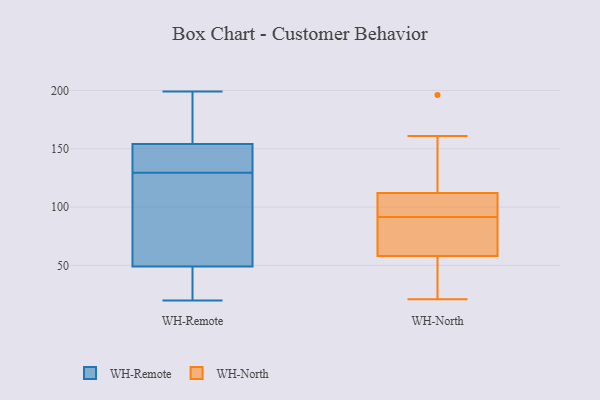
{"axis": {"x": "Inventory Turnover", "y": "Value"}, "legend": ["WH-North", "WH-Remote"], "data": [{"x": "", "y": 148, "type": "WH-Remote"}, {"x": "", "y": 145, "type": "WH-Remote"}, {"x": "", "y": 184, "type": "WH-Remote"}, {"x": "", "y": 73, "type": "WH-Remote"}, {"x": "", "y": 30, "type": "WH-Remote"}, {"x": "", "y": 138, "type": "WH-Remote"}, {"x": "", "y": 199, "type": "WH-Remote"}, {"x": "", "y": 164, "type": "WH-Remote"}, {"x": "", "y": 121, "type": "WH-Remote"}, {"x": "", "y": 181, "type": "WH-Remote"}, {"x": "", "y": 49, "type": "WH-Remote"}, {"x": "", "y": 49, "type": "WH-Remote"}, {"x": "", "y": 154, "type": "WH-Remote"}, {"x": "", "y": 27, "type": "WH-Remote"}, {"x": "", "y": 146, "type": "WH-Remote"}, {"x": "", "y": 20, "type": "WH-Remote"}, {"x": "", "y": 120, "type": "WH-Remote"}, {"x": "", "y": 66, "type": "WH-Remote"}, {"x": "", "y": 88, "type": "WH-North"}, {"x": "", "y": 125, "type": "WH-North"}, {"x": "", "y": 103, "type": "WH-North"}, {"x": "", "y": 84, "type": "WH-North"}, {"x": "", "y": 146, "type": "WH-North"}, {"x": "", "y": 95, "type": "WH-North"}, {"x": "", "y": 57, "type": "WH-North"}, {"x": "", "y": 65, "type": "WH-North"}, {"x": "", "y": 196, "type": "WH-North"}, {"x": "", "y": 161, "type": "WH-North"}, {"x": "", "y": 39, "type": "WH-North"}, {"x": "", "y": 21, "type": "WH-North"}, {"x": "", "y": 58, "type": "WH-North"}, {"x": "", "y": 72, "type": "WH-North"}, {"x": "", "y": 100, "type": "WH-North"}, {"x": "", "y": 106, "type": "WH-North"}, {"x": "", "y": 112, "type": "WH-North"}, {"x": "", "y": 36, "type": "WH-North"}]}